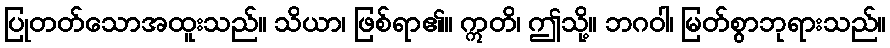
ပြုတတ်သောအထူးသည်။ သိယာ၊ ဖြစ်ရာ၏။ ဣတိ၊ ဤသို့။ ဘဂဝါ၊ မြတ်စွာဘုရားသည်။